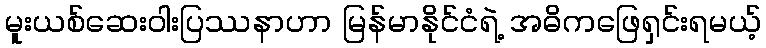
မူးယစ်ဆေးဝါးပြဿနာဟာ မြန်မာနိုင်ငံရဲ့ အဓိကဖြေရှင်းရမယ့်